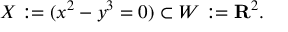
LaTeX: X : = ( x ^ { 2 } - y ^ { 3 } = 0 ) \subset W : = \mathbf { R } ^ { 2 } .